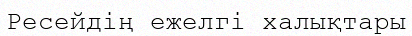
Ресейдің ежелгі халықтары